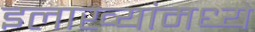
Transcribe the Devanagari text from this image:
इलाख्यांमध्ये